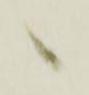
へ